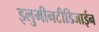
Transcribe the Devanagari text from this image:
इलुमीनटीडिजाईन